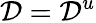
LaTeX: \mathcal{D}=\mathcal{D}^{u}